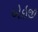
એઇજી